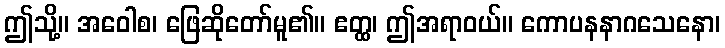
ဤသို့။ အဝေါစ၊ ဖြေဆိုတော်မူ၏။ ဧတ္ထ၊ ဤအရာဝယ်။ ကောပနနာဂသေနော၊